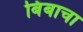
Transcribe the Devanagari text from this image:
बिंबाचा